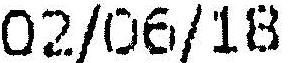
02/06/18